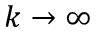
k \to \infty